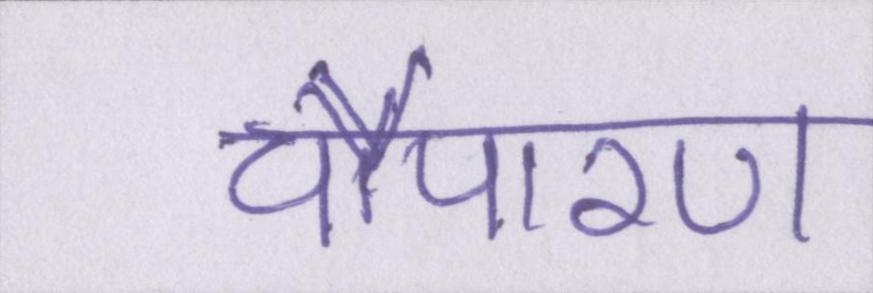
चौपारण